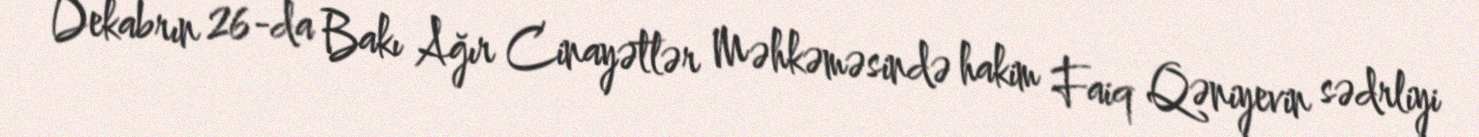
Dekabrın 26-da Bakı Ağır Cinayətlər Məhkəməsində hakim Faiq Qəniyevin sədrliyi